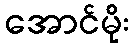
အောင်မိုး